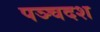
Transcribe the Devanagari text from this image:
पञ्चदश